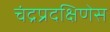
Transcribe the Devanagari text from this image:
चंद्रप्रदक्षिणेस